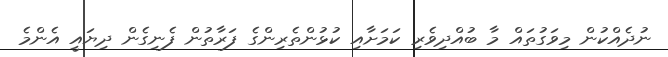
ނުދެއްކުން މިވަގުތައް މާ ބުއްދިވެރި ކަމަށާއި ކުޅުންތެރިންގެ ފަރާތުން ފެނިގެން ދިޔައީ އެންމެ